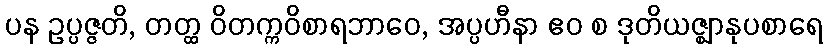
ပန ဥပ္ပဇ္ဇတိ, တတ္ထ ဝိတက္ကဝိစာရဘာဝေ, အပ္ပဟီနာ ဧဝ စ ဒုတိယဇ္ဈာနုပစာရေ